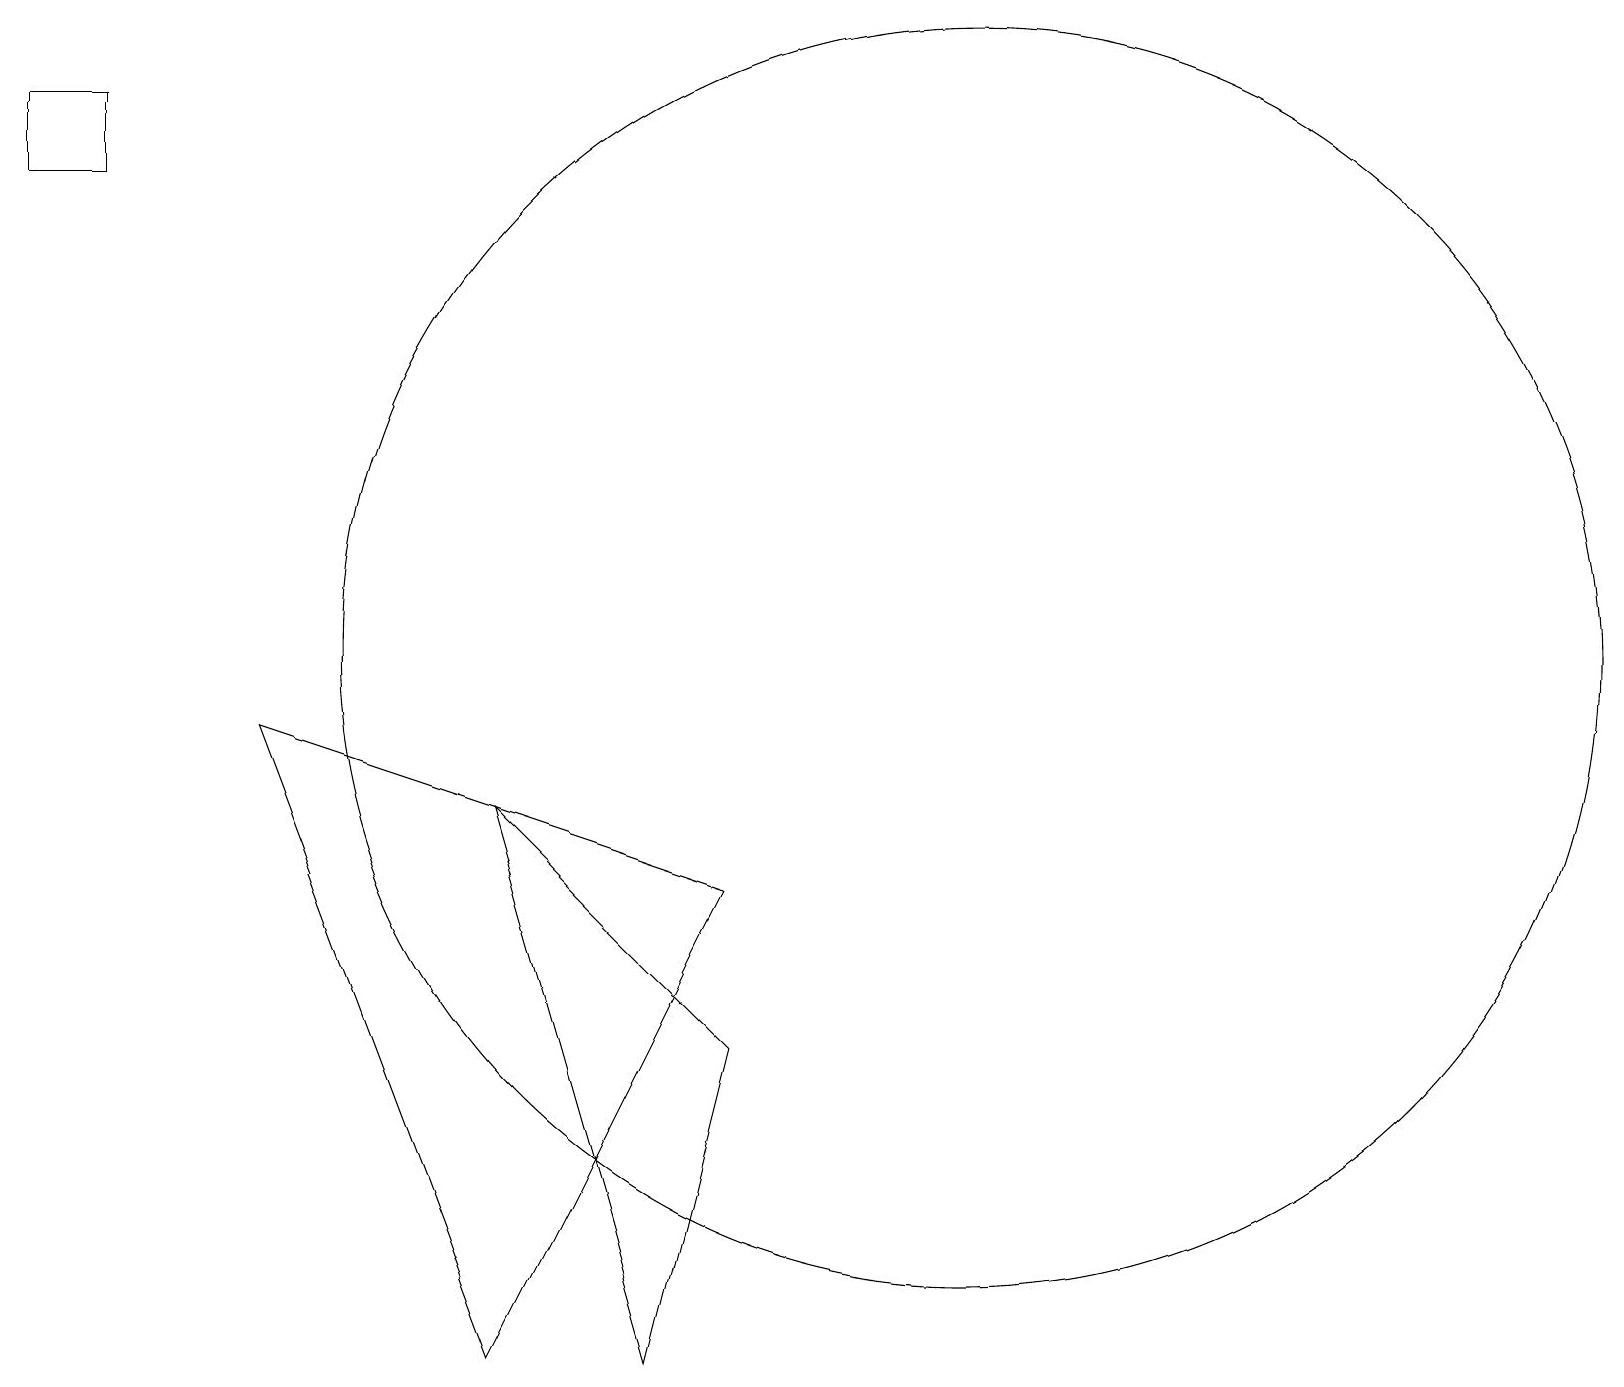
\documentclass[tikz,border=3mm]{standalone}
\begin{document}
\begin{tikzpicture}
\draw (1,17) rectangle (0,16);
\draw (3,9) -- (6,1) -- (9,7) -- cycle;
\draw (9,5) -- (8,1) -- (6,8) -- cycle;
\draw (12,10) circle (8);
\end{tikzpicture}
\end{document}